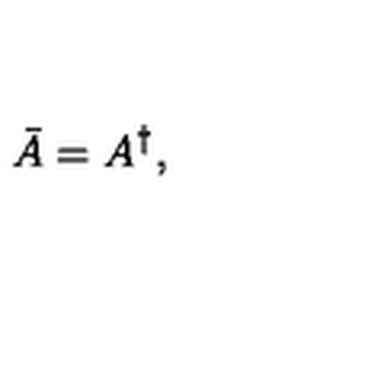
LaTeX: \bar { A } = A ^ { \dagger } ,